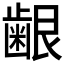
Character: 𮯅